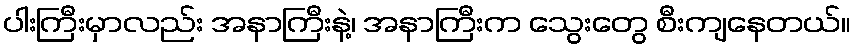
ပါးကြီးမှာလည်း အနာကြီးနဲ့၊ အနာကြီးက သွေးတွေ စီးကျနေတယ်။